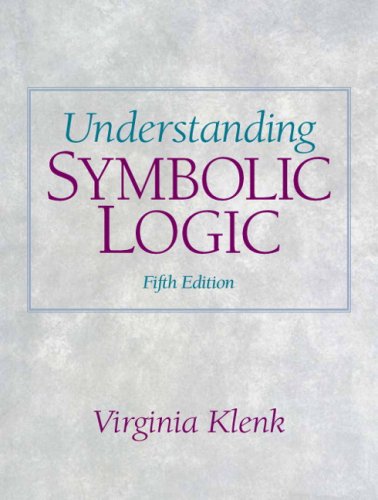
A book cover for Understanding Symbolic Logic (5th Edition); Virginia Klenk Ph.D.; Politics & Social Sciences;